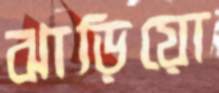
ঝাড়িয়ো